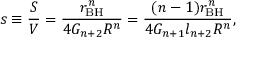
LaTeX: s \equiv \frac { S } { V } = \frac { r _ { \mathrm { B H } } ^ { n } } { 4 G _ { n + 2 } R ^ { n } } = \frac { ( n - 1 ) r _ { \mathrm { B H } } ^ { n } } { 4 G _ { n + 1 } l _ { n + 2 } R ^ { n } } ,